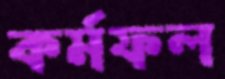
কর্মফল